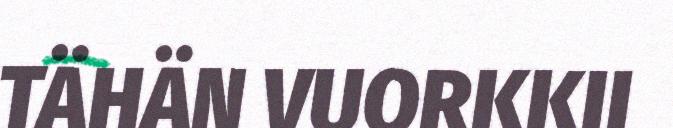
TÄHÄN VUORKKII